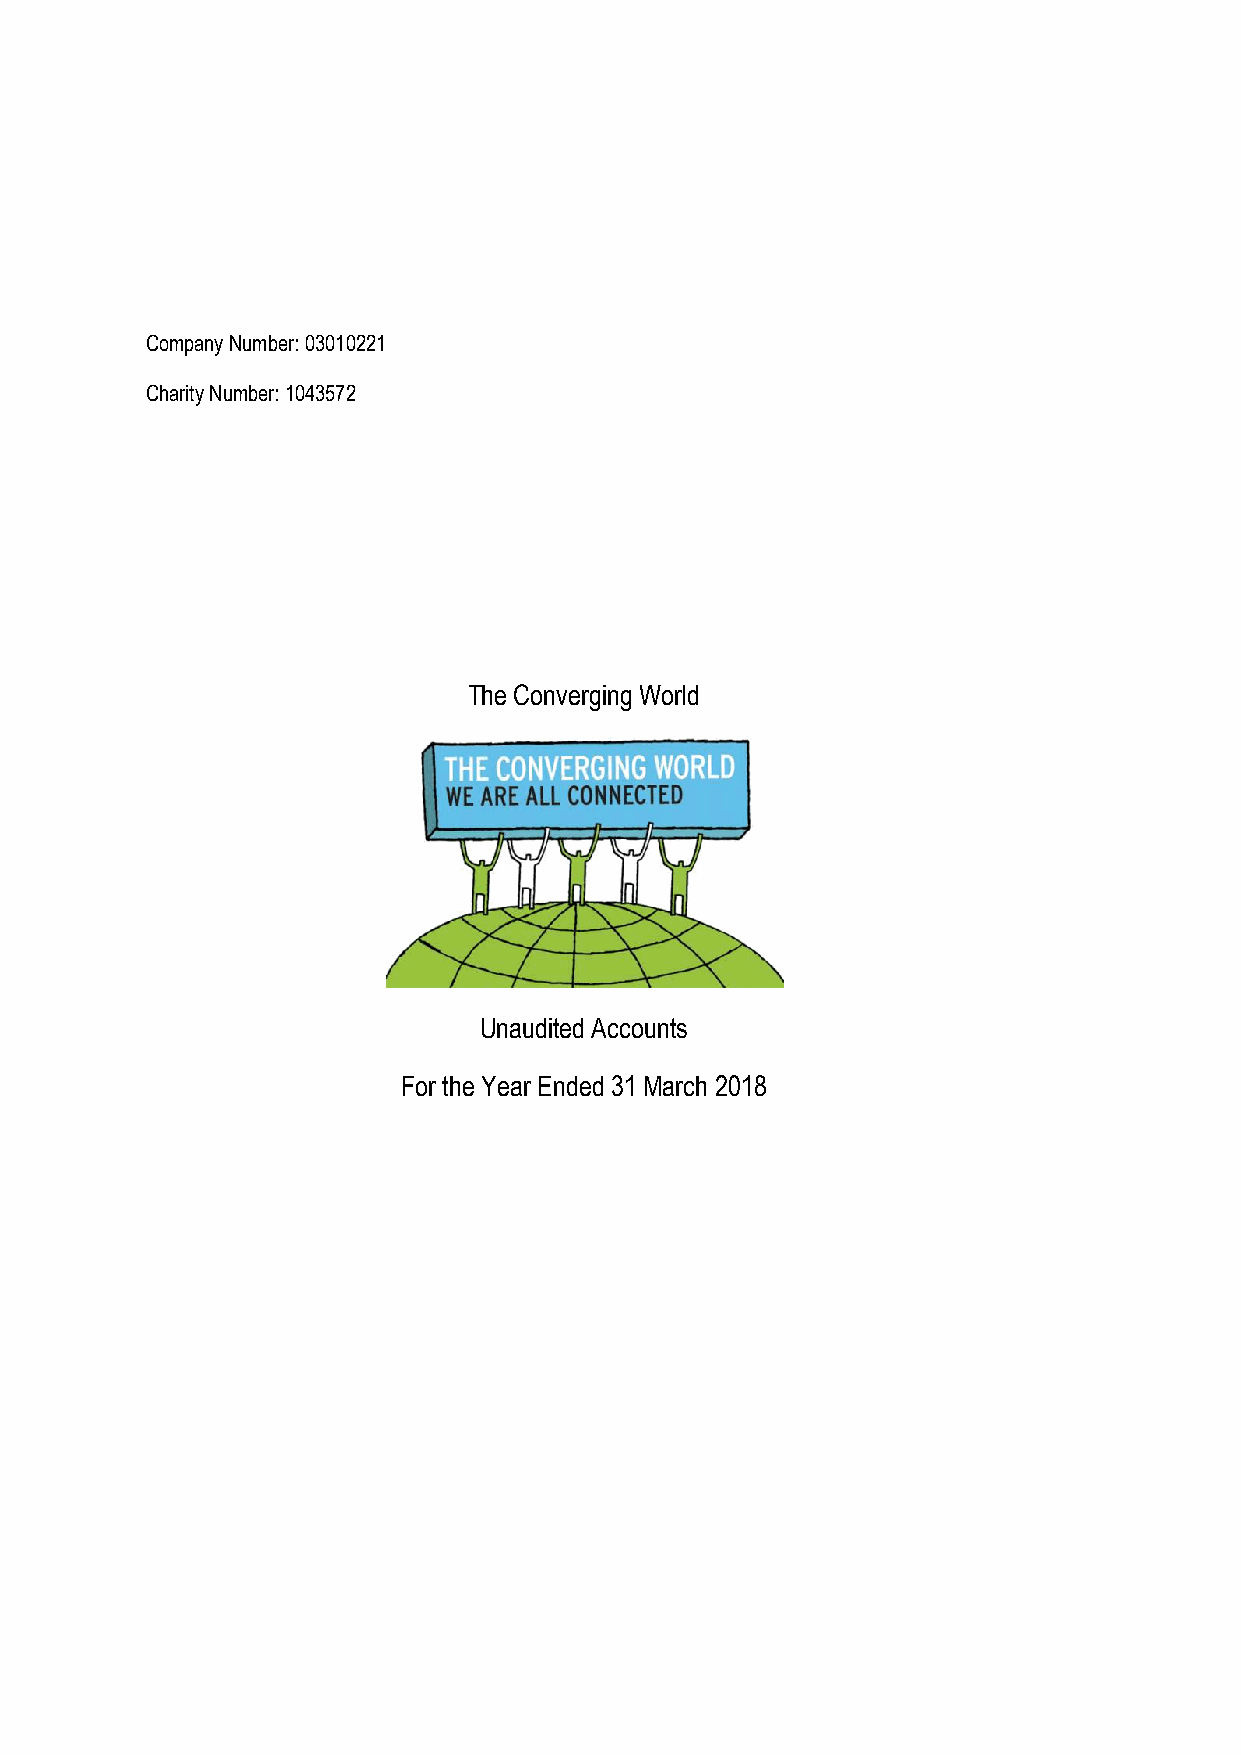
Company Number: 03010221
 Charity Number: 1043572
 The Converging World
 Unaudited Accounts
 For the Year Ended 31 March 2018